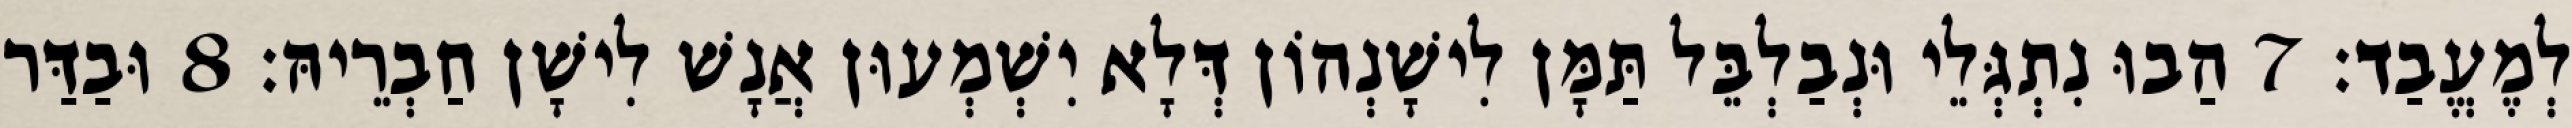
לְמֶעֱבַד׃ 7 הַבוּ נִתְגְּלֵי וּנְבַלְבֵּל תַּמָּן לִישָׁנְהוֹן דְּלָא יִשְׁמְעוּן אֲנָשׁ לִישָׁן חַבְרֵיהּ׃ 8 וּבַדַּר